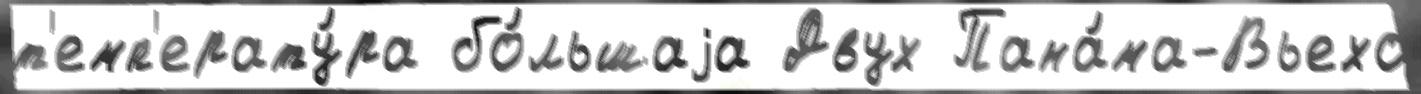
т'емп'ерату́ра бо́льшаjа Двух Пана́ма-Вьехо